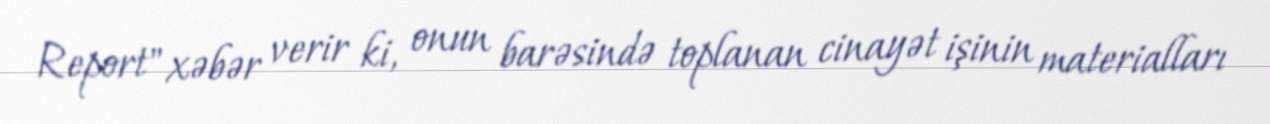
Report" xəbər verir ki, onun barəsində toplanan cinayət işinin materialları